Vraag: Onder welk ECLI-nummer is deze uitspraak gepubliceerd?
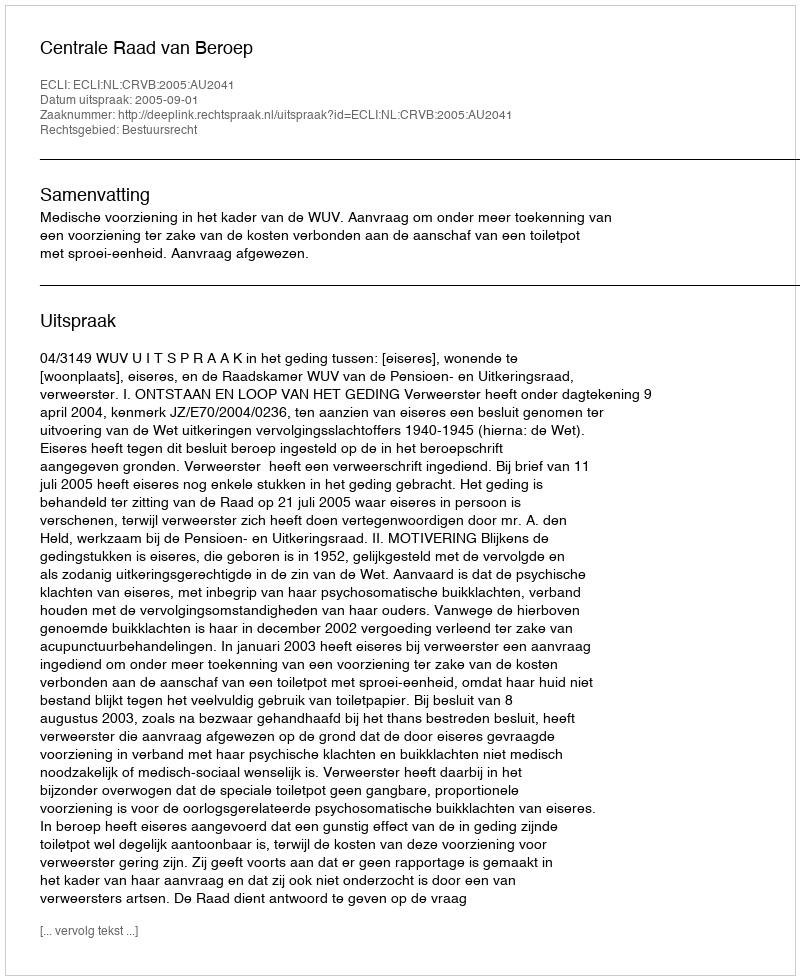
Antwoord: ECLI:NL:CRVB:2005:AU2041